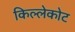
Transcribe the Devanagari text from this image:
किल्लेकोट